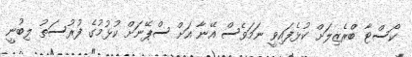
ކޯސްޓާ ބްރެޒިލަށް ކުޅެފައިވީ ނަމަވެސް އޭނާ އަށް ސްޕޭނަށް ކުޅުމުގެ ފުރުސަތު ލިބުނީ